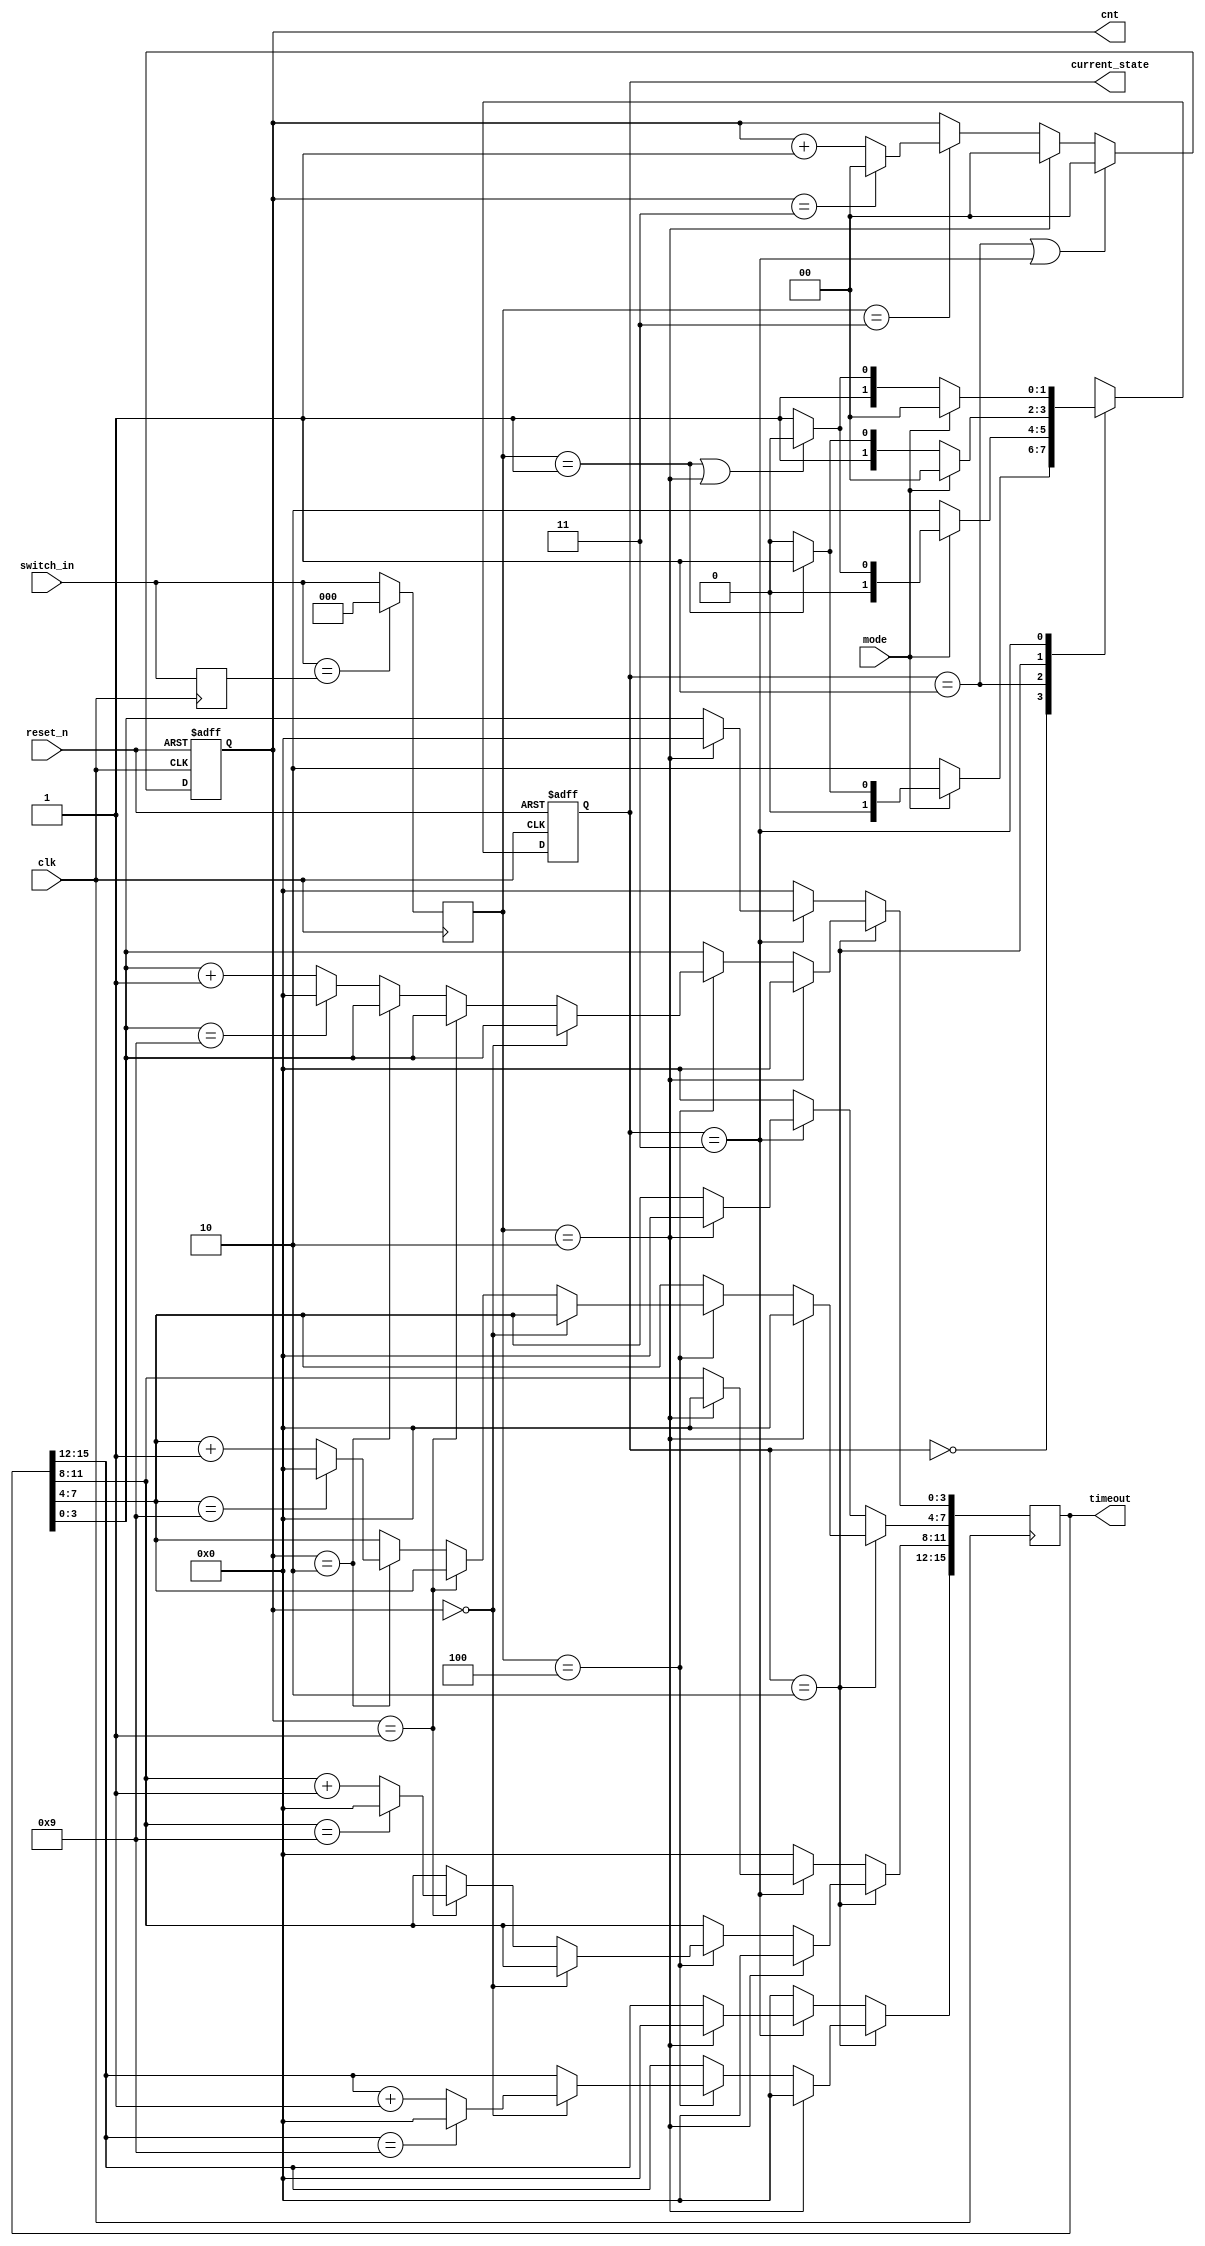
//Kang HB
`timescale 1ns / 1ps
module state_machine
(
input clk,
input reset_n,
input [2:0]switch_in,
input mode,
output reg [1:0] current_state,
output reg [15:0] timeout,
output reg [1:0] cnt
);

reg [2:0]switch_buffer1;
reg [2:0]switch_true;
localparam up_wait = 2'b00;
localparam up_run = 2'b01;
localparam down_wait = 2'b10;
localparam down_run = 2'b11;

reg [1:0] next_state;
//switch edge detection
always@(posedge clk) begin
    switch_buffer1<= switch_in;
end
always@(posedge clk) begin
    if(switch_in==switch_buffer1)begin
        switch_true<=0;
    end
    else begin
        switch_true<=switch_in;
    end
end

always@(posedge clk or negedge reset_n) 
begin
	if (!reset_n) begin
		current_state <= up_wait;
	end
	else begin
		current_state <= next_state;
	end
end

always@(*)
begin
	case(current_state)
	up_wait : if(mode==0)begin
	       next_state = down_wait;
	   end
	   else if(switch_true==3'd01) begin
			next_state = up_run;
	   end
	   else begin
			next_state = up_wait;
	   end
	
	up_run : if(mode==0)begin
	       next_state = down_wait;
	   end 
	   else if(switch_true==3'd01||switch_true==3'd02) begin
			next_state = up_wait;
	   end
	   else begin
			next_state = up_run;
	   end
	down_wait : if(mode==1) begin
	       next_state=up_wait;
	   end
	   else if (switch_true==3'd01) begin
			next_state = down_run;
	   end
	   else begin
			next_state = down_wait;
	   end
	down_run :if(mode==1)begin
	       next_state = up_wait;
	   end 
	   else if(switch_true==3'd01||switch_true==3'd02) begin
			next_state = down_wait;
	   end
	   else begin
			next_state = down_run;
	   end
	endcase
end

//cnt for digit pos control

always@(posedge clk or negedge reset_n)
begin
    if(!reset_n)begin
        cnt<=0;
    end
	else if (current_state==up_run||current_state==down_run)begin
		cnt<=0;
	end
	else if(switch_true==3'd2) begin
	   cnt<=0;
	end
	else if (switch_true==3'd3)begin
	    if(cnt==3'd3)begin
	       cnt<=0;
	    end
	    else begin
		cnt<=cnt+1;
		end
	end
	else begin
		cnt <= cnt;
	end
end

always@(posedge clk)
begin
	if(current_state==down_wait)begin
	        if(switch_true==4'd2)begin
	           timeout[15:0] <= 16'b0000_0000_0000_0000;
	        end
		
			else if(switch_true==4'd4)begin
			    if (cnt==0)begin
			         if(timeout[15:12]==9)begin
			             timeout[15:12]<=0;
			         end
			         else begin
			         timeout[15:12]<=timeout[15:12]+1;
			         end
			    end
			    else if (cnt==1)begin
			         if(timeout[11:8]==9)begin
			             timeout[11:8]<=0;
			         end
			         else begin
			         timeout[11:8]<=timeout[11:8]+1;
			         end
			    end
			    else if (cnt==2)begin
			         if(timeout[7:4]==9)begin
			             timeout[7:4]<=0;
			         end
			         else begin
			         timeout[7:4]<=timeout[7:4]+1;
			         end
			    end
			    else begin
			         if(timeout[3:0]==9)begin
			             timeout[3:0]<=0;
			         end
			         else begin
			         timeout[3:0]<=timeout[3:0]+1;
			         end
			    end
			end
			else begin
				if (cnt==0)begin
			         timeout[15:12]<= timeout[15:12];
			    end
			    else if (cnt==1)begin
			         timeout[11:8]<= timeout[11:8];
			    end
			    else if (cnt==2)begin
			         timeout[7:4]<= timeout[7:4];
			    end
			    else begin
			         timeout[3:0]<= timeout[3:0];
			    end
			end
		
	end
	else if (current_state==down_run)begin
	   if(switch_true==4'd2) begin
	       timeout[15:0] <= 16'b0000_0000_0000_0000;
	   end
	   else begin
	       timeout[15:0] <= timeout[15:0];
	   end
	end
	else begin
	timeout[15:0] <= 16'b0000_0000_0000_0000;//set to invalid number
	end
end

endmodule